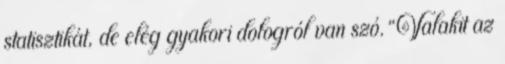
statisztikát, de elég gyakori dologról van szó. “Valakit az